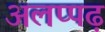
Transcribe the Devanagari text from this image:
अलप्पढ़